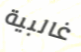
غالبية